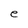
Character: e